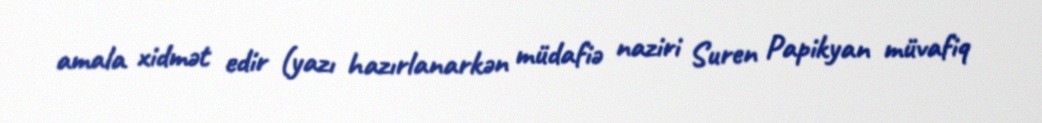
amala xidmət edir (yazı hazırlanarkən müdafiə naziri Suren Papikyan müvafiq